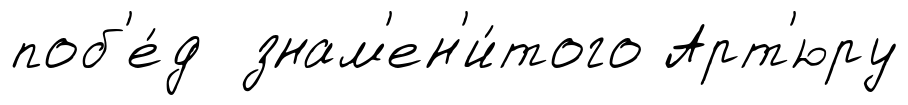
поб'е́д знам'ен'и́того Арт'юру